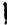
1